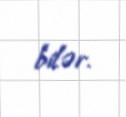
bilər.